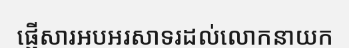
ផ្ញើសារអបអរសាទរដល់លោកនាយក